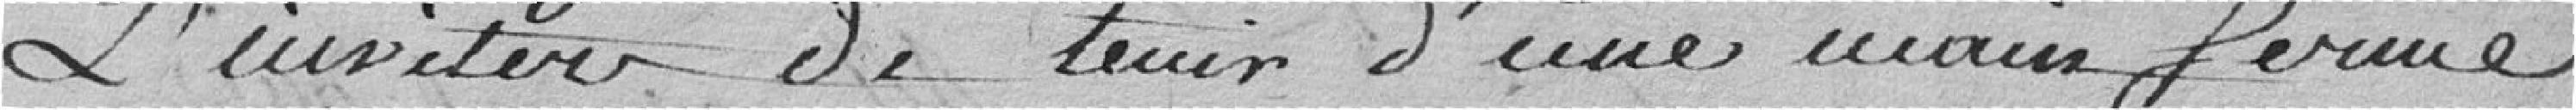
L'inviter de tenir d'une main ferme